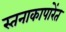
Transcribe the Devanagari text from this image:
स्तनाकापारेंत